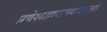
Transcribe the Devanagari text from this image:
प्रवेशद्वाराच्याखाली